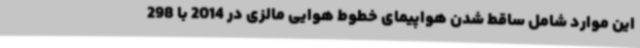
این موارد شامل ساقط شدن هواپیمای خطوط هوایی مالزی در 2014 با 298